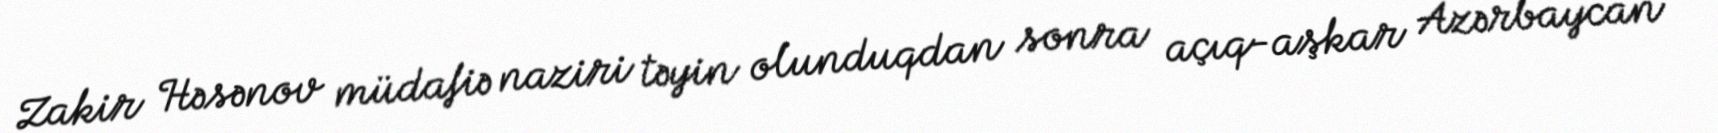
Zakir Həsənov müdafiə naziri təyin olunduqdan sonra açıq-aşkar Azərbaycan